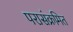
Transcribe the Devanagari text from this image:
परासंक्रमित